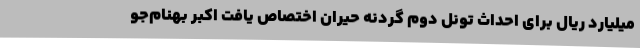
میلیارد ریال برای احداث تونل دوم گردنه حیران اختصاص یافت اکبر بهنام‌جو